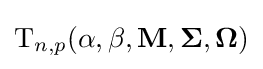
{\rm {T}}_{n,p}(\alpha ,\beta ,\mathbf {M} ,{\boldsymbol {\Sigma }},{\boldsymbol {\Omega }})